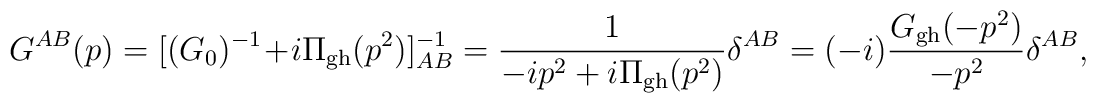
G^{AB}(p) = [(G_0)^{-1}+i\Pi_{\rm gh}(p^2)]^{-1}_{AB} = {1 \over -ip^2 + i\Pi_{\rm gh}(p^2)} \delta^{AB} = (-i) {G_{\rm gh}(-p^2) \over -p^2} \delta^{AB} ,